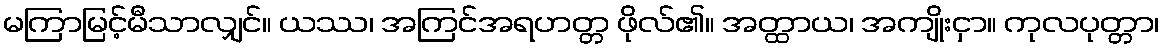
မကြာမြင့်မီသာလျှင်။ ယဿ၊ အကြင်အရဟတ္တ ဖိုလ်၏။ အတ္ထာယ၊ အကျိုးငှာ။ ကုလပုတ္တာ၊